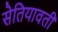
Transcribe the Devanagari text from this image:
सेतियावती